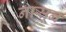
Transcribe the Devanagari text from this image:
नासून